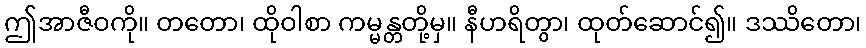
ဤအာဇီဝကို။ တတော၊ ထိုဝါစာ ကမ္မန္တတို့မှ။ နီဟရိတွာ၊ ထုတ်ဆောင်၍။ ဒဿိတော၊